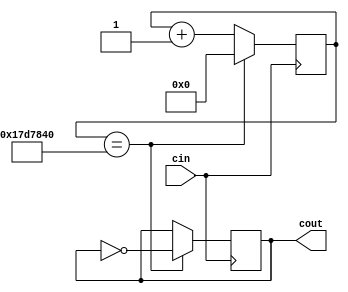
module ClockDivider(cin,cout);

// Taken from the ClockDivider Module Given and modified
// Will give the posedge every second so that the counter can increment on the display

input cin;
output reg cout;

reg[31:0] count = 32'd0;
parameter D = 32'd50000000;

always @(posedge cin)
begin
	if (count == D / 2)
		begin
			count <= 32'd0;
			cout <= ~cout;
		end
	else
		begin
			count <= count + 32'd1;
		end
end

endmodule